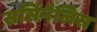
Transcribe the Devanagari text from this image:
सर्सिनैलिस